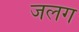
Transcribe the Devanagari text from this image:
जलग